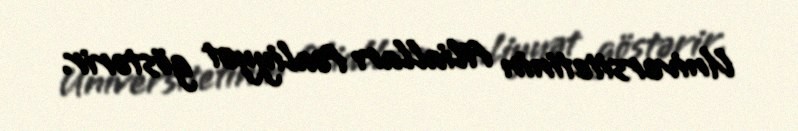
Universitetinin filialları fəaliyyət göstərir.